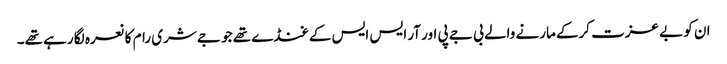
ان کو بے عزت کرکے مارنے والے بی جے پی اور آر ایس ایس کے غنڈے تھے جو جے شری رام کا نعرہ لگا رہے تھے۔